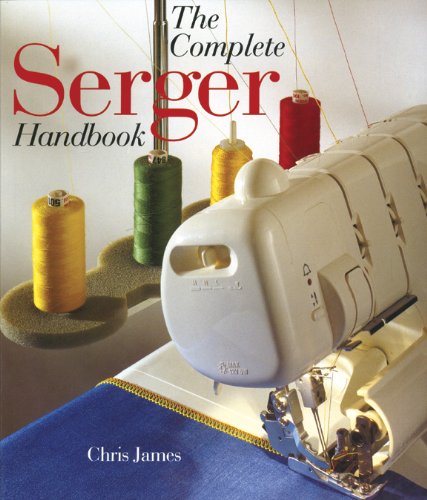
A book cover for The Complete Serger Handbook; Chris James; Crafts, Hobbies & Home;